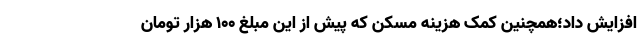
افزایش داد؛همچنین کمک هزینه مسکن که پیش از این مبلغ ۱۰۰ هزار تومان